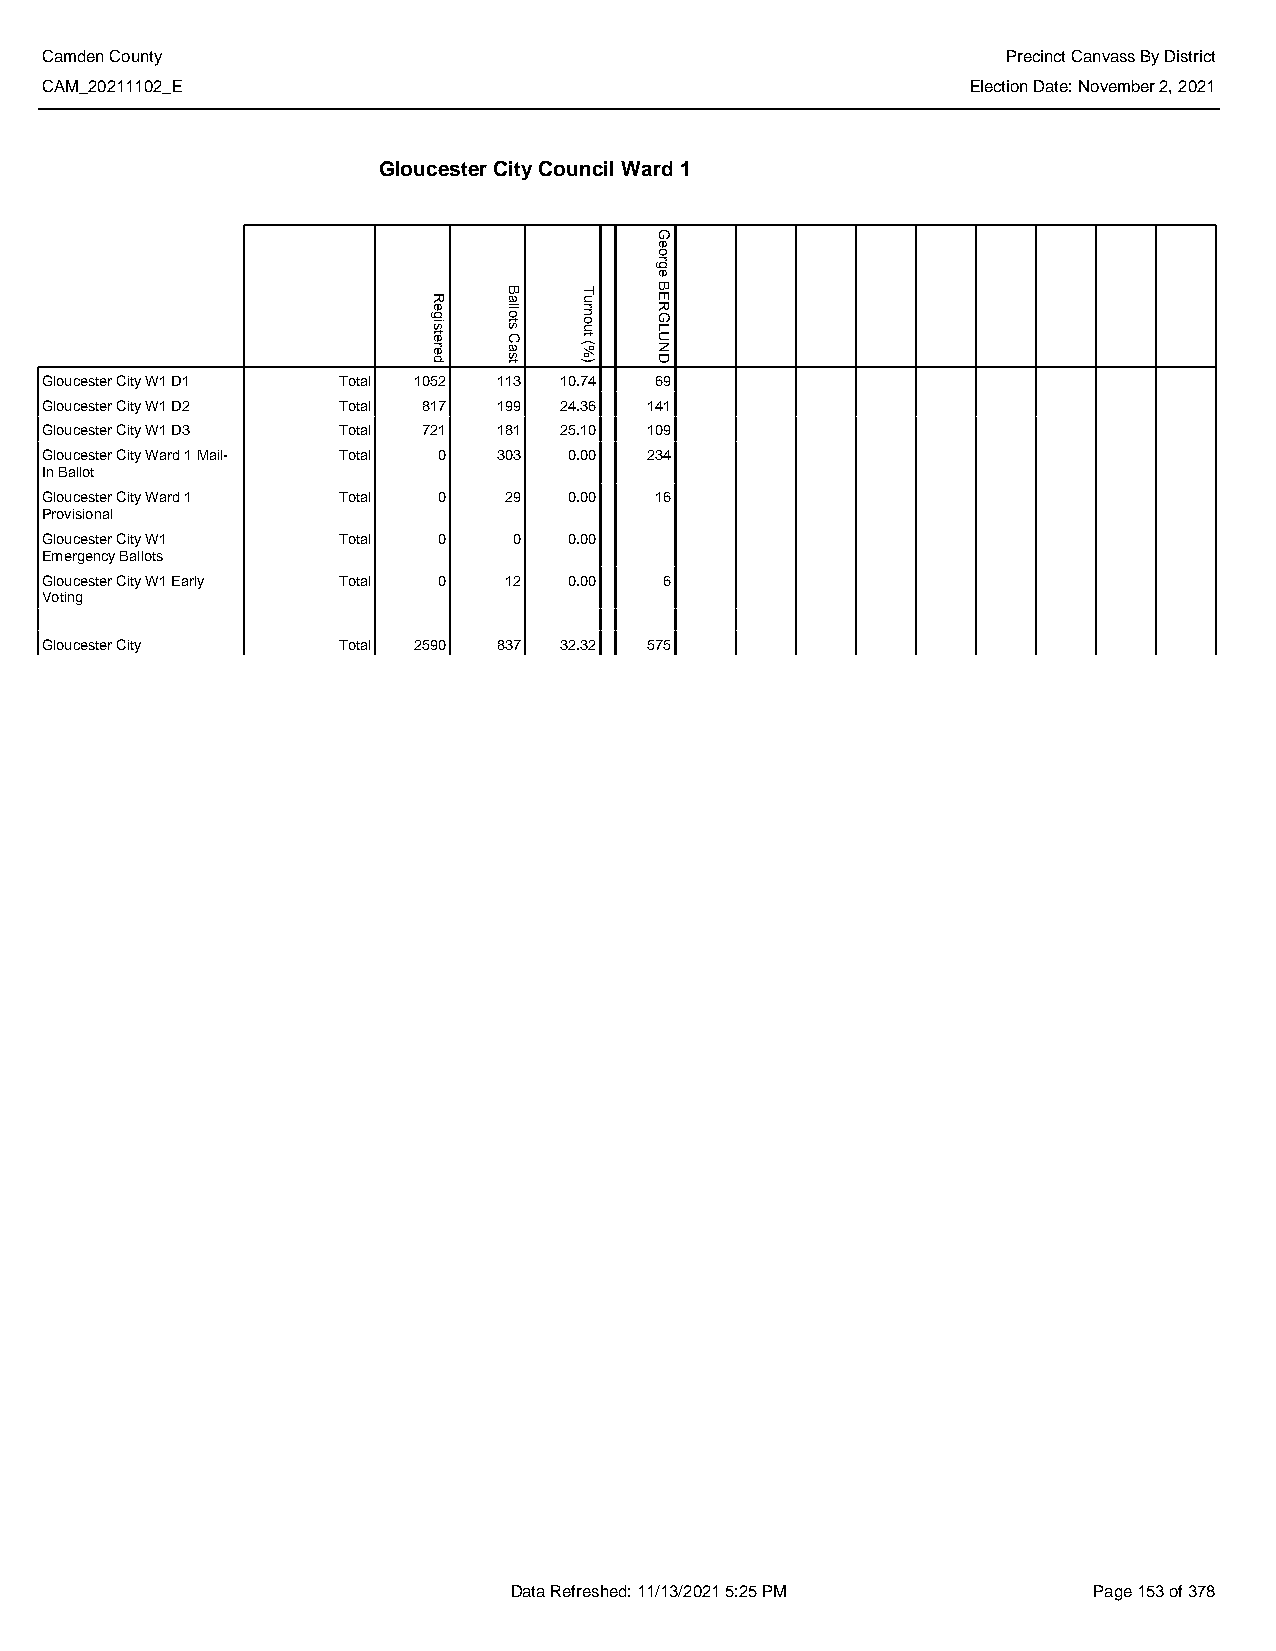
Camden County                                                   Precinct Canvass By District
 CAM_20211102_E                                               Election Date: November 2, 2021
 Gloucester City Council Ward 1
 Gloucester City W1 D1 Total 1052 113 10.74 69
 Gloucester City W1 D2 Total 817 199 24.36 141
 Gloucester City W1 D3 Total 721 181 25.10 109
 Gloucester City Ward 1 Mail- Total 0 303 0.00 234
 In Ballot
 Gloucester City Ward 1 Total 0 29  0.00 16
 Provisional
 Gloucester City W1 Total  0    0   0.00
 Emergency Ballots
 Gloucester City W1 Early Total 0 12 0.00 6
 Voting
 Gloucester City    Total 2590 837 32.32 575
 Data Refreshed: 11/13/2021 5:25 PM    Page 153 of 378
 Registered
 Ballots
 Cast
 Turnout
 (%)
 George
 BERGLUND